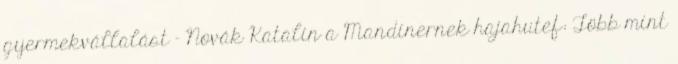
gyermekvállalást – Novák Katalin a Mandinernek hajahutef: Több mint